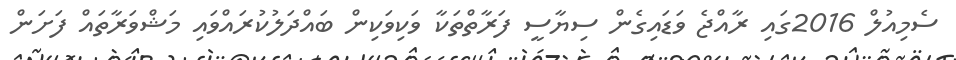
ސެމިއުލް 2016ގައި ރާއްޖެ ވަޑައިގެން ސިޔާސީ ފަރާތްތަކާ ވަކިވަކިން ބައްދަލުކުރައްވައި މަޝްވަރާތައް ފަށަން